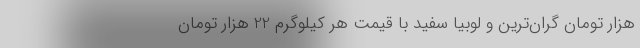
هزار تومان گران‌ترین و لوبیا سفید با قیمت هر کیلوگرم 22 هزار تومان